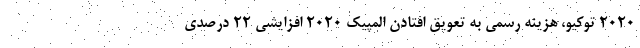
2020 توکیو، هزینه رسمی به تعویق افتادن المپیک 2020 افزایشی 22 درصدی